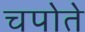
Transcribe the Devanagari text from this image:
चपोते